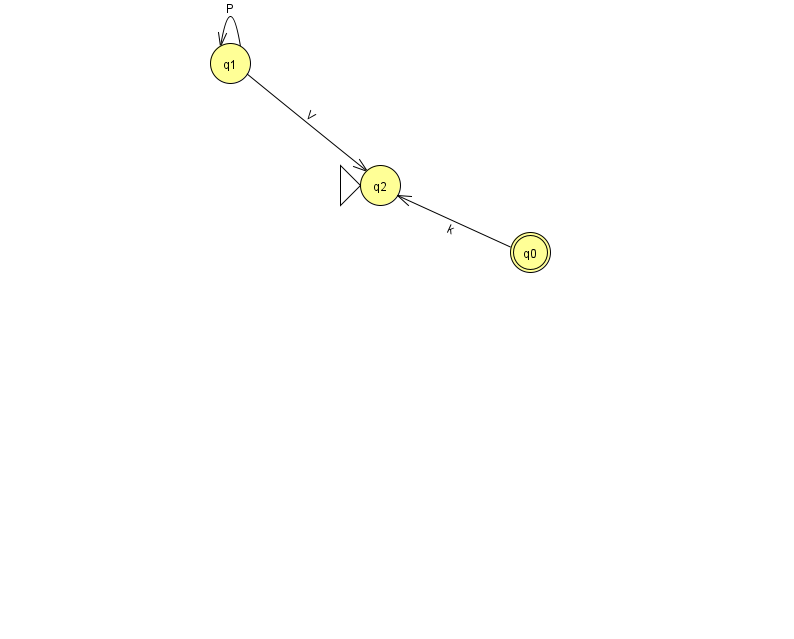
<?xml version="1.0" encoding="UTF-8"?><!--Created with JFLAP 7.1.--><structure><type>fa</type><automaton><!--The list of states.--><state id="0" name="q0"><x>530.0</x><y>239.0</y><final/></state><state id="1" name="q1"><x>230.0</x><y>50.0</y></state><state id="2" name="q2"><x>380.0</x><y>172.0</y><initial/></state><!--The list of transitions.--><transition><from>1</from><to>1</to><read>P</read></transition><transition><from>0</from><to>2</to><read>k</read></transition><transition><from>1</from><to>2</to><read>V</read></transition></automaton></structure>